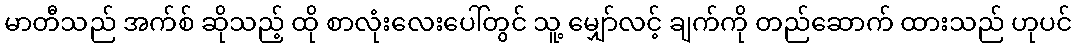
မာတီသည် အက်စ် ဆိုသည့် ထို စာလုံးလေးပေါ်တွင် သူ့ မျှော်လင့် ချက်ကို တည်ဆောက် ထားသည် ဟုပင်